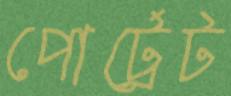
পোর্ট্রেট